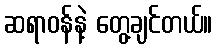
ဆရာဝန်နဲ့ တွေ့ချင်တယ်။